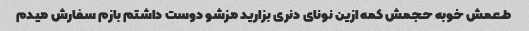
طعمش خوبه حجمش کمه ازین نونای دنری بزارید مزشو دوست داشتم بازم سفارش میدم